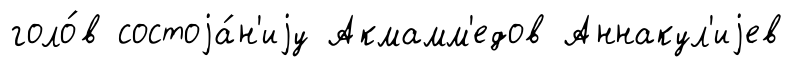
голо́в состоjа́н'иjу Акмамм'едов Аннакул'иjев